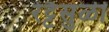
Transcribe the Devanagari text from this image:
रेट्टैसुळी